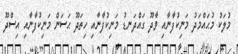
މުލަކު މުޙައްމަދު މަނިކުފާނާއި ވާދޫ ގައްދަނޑު މަނިކުފާނާއި ހިތަދޫ ޙަސަން މަނިކުފާނާއި އިސްދޫ